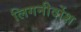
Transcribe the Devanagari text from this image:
लिगनीर्दोश